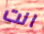
انت